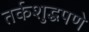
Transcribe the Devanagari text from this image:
तर्कशुद्धपणे